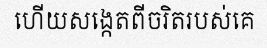
ហើយសង្កេតពីចរិតរបស់គេ